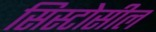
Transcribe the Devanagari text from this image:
सिस्टोसील